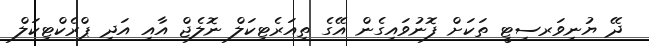
ދޭ ޔުނިވަރސިޓީ ތަކަށް ފޮނުވައިގެން އޭގެ ތިއަރެޓިކަލް ނޮލެޖް އާއި އަދި ޕްރެކްޓިކަލް